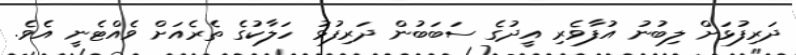
ދަރިފުޅަށް ލިބުނު އުފާވެރި އީދުގެ ސަބަބުން ދަރިފުޅު ހަލާކުގެ ތެރެއަށް ވެއްޓެނީ އެވެ.